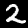
Label: 2